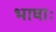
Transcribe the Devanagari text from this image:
भाषाः